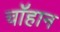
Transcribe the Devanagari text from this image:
चॉहान